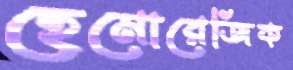
হেমোরেজিক